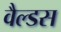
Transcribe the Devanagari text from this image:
वैल्डस